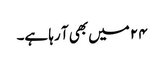
۲۴ میں بھی آ رہا ہے۔